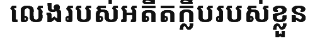
លេងរបស់អតីតក្លឹបរបស់ខ្លួន